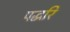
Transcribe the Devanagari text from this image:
पद्धरि